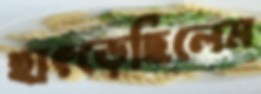
হাৎড়েছিলেম